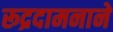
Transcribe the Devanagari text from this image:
रूद्रदामनाने